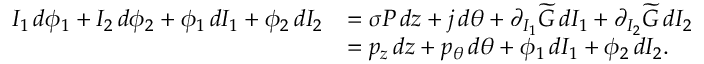
\begin{array} { r l } { I _ { 1 } \, d \phi _ { 1 } + I _ { 2 } \, d \phi _ { 2 } + \phi _ { 1 } \, d I _ { 1 } + \phi _ { 2 } \, d I _ { 2 } } & { = \sigma P \, d z + j \, d \theta + \partial _ { I _ { 1 } } \widetilde { G } \, d I _ { 1 } + \partial _ { I _ { 2 } } \widetilde { G } \, d I _ { 2 } } \\ & { = p _ { z } \, d z + p _ { \theta } \, d \theta + \phi _ { 1 } \, d I _ { 1 } + \phi _ { 2 } \, d I _ { 2 } . } \end{array}